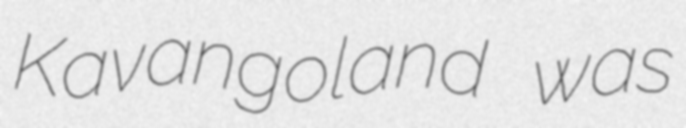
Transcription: Kavangoland was